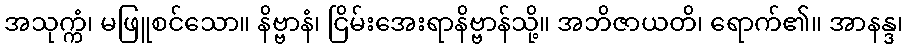
အသုက္ကံ၊ မဖြူစင်သော။ နိဗ္ဗာနံ၊ ငြိမ်းအေးရာနိဗ္ဗာန်သို့။ အဘိဇာယတိ၊ ရောက်၏။ အာနန္ဒ၊